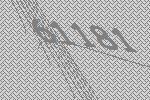
61181